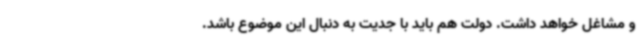
و مشاغل خواهد داشت. دولت هم باید با جدیت به دنبال این موضوع باشد.